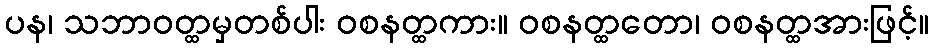
ပန၊ သဘာဝတ္ထမှတစ်ပါး ဝစနတ္ထကား။ ဝစနတ္ထတော၊ ဝစနတ္ထအားဖြင့်။